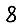
Digit: 8